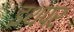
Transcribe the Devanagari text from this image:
इथपर